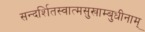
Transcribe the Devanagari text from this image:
सन्दर्शितस्वात्मसुखाम्बुधीनाम्